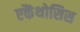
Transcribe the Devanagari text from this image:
एकैंथोसिस